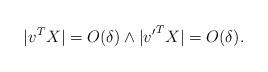
LaTeX: \begin{align*}|v^T X | =O(\delta) \wedge |{v'}^T X | = O(\delta).\end{align*}